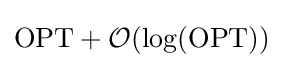
\mathrm {OPT} +{\mathcal {O}}(\log(\mathrm {OPT} ))